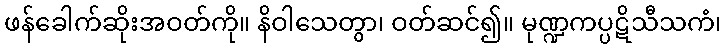
ဖန်ခေါက်ဆိုးအဝတ်ကို။ နိဝါသေတွာ၊ ဝတ်ဆင်၍။ မုဏ္ဍကပ္ပဋိသီသကံ၊